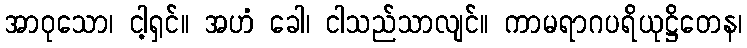
အာဝုသော၊ ငါ့ရှင်။ အဟံ ခေါ၊ ငါသည်သာလျင်။ ကာမရာဂပရိယုဋ္ဌိတေန၊